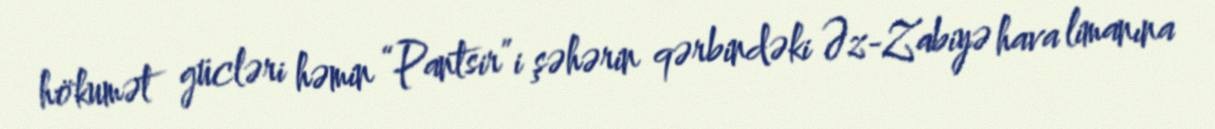
hökumət gücləri həmin “Pantsir”i şəhərin qərbindəki Əz-Zabiyə hava limanına